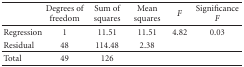
<table><thead><tr><td></td><td><b>Degrees of freedom</b></td><td><b>Sum of squares</b></td><td><b>Mean squares</b></td><td><b><i>F</i></b></td><td><b>Significance <i>F</i></b></td></tr></thead><tbody><tr><td>Regression</td><td>1</td><td>11.51</td><td>11.51</td><td>4.82</td><td>0.03</td></tr><tr><td>Residual</td><td>48</td><td>114.48</td><td>2.38</td><td></td><td></td></tr><tr><td>Total</td><td>49</td><td>126</td><td></td><td></td><td></td></tr></tbody></table>